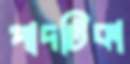
পাদটিকা